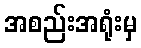
အစည်းအရုံးမှ